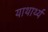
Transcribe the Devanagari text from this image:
याथार्थ्य